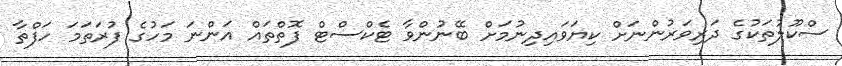
ސްކޫލުތަކުގެ ދަރިވަރުންނަށް ކިޔަވައިދިނުމަށް ބޭނުންވާ ޓެކްސްޓް ފޮތްތައް އަންނަ މަހުގެ ފުރަތަމަ ހަފްތާ